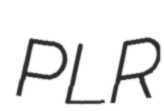
PLR